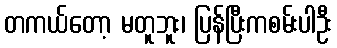
တကယ်တော့ မတူဘူး၊ ပြန်ပြီးကစမ်းပါဦး